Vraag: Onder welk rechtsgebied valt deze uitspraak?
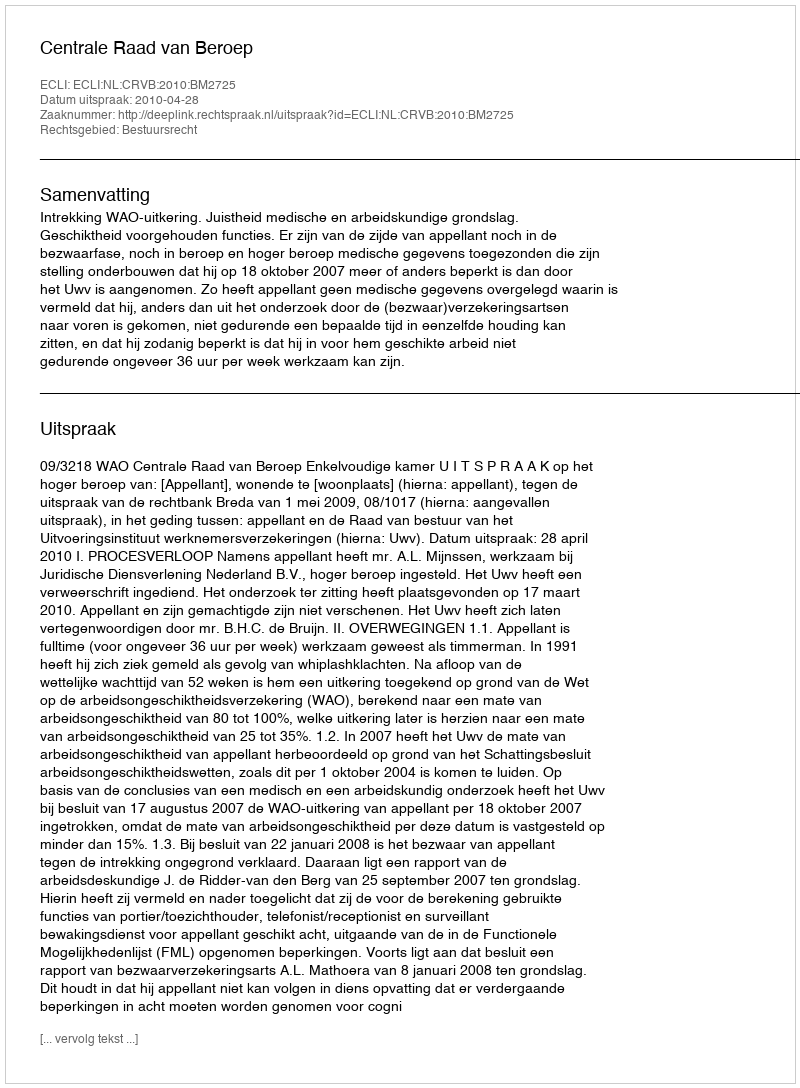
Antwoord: Bestuursrecht